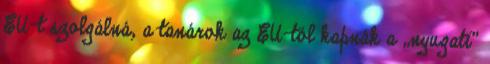
EU-t szolgálná, a tanárok az EU-tól kapnák a „nyugati”